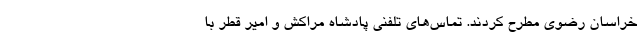
خراسان رضوی مطرح کردند. تماس‌های تلفنی پادشاه مراکش و امیر قطر با